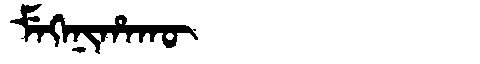
Manchu: ᠮᡝᡴᡝᠨᡳᡥᠠᡴᡡ
Romanization: MEKENIHAKŪ